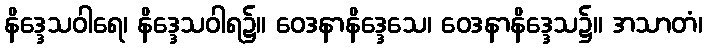
နိဒ္ဒေသဝါရေ၊ နိဒ္ဒေသဝါရ၌။ ဝေဒနာနိဒ္ဒေသေ၊ ဝေဒနာနိဒ္ဒေသ၌။ အသာတံ၊